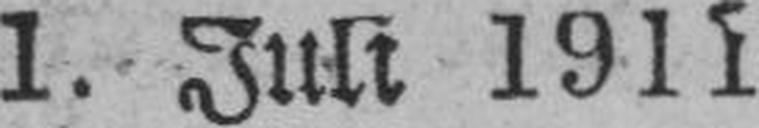
1. Juli 1911